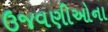
ઉજવણીઓના